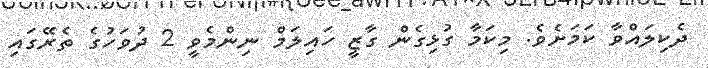
ދެކިލައްވާ ކަމަށެވެ. މިކަމާ ގުޅިގެން ގާޒީ ހައިލަމް ނިންމެވީ 2 ދުވަހުގެ ތެރޭގައި